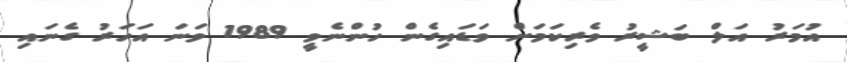
އުމަރު އަލް ބަޝީރު ވެރިކަމަށް ވަޑައިގެން ހުންނެވީ 1989 ވަނަ އަހަރު ގެނައި